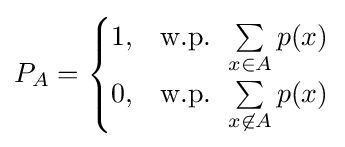
P_{A}={\begin{cases}1,&{\text{w.p. }}\sum \limits _{x\in A}p(x)\\0,&{\text{w.p. }}\sum \limits _{x\not \in A}p(x)\end{cases}}